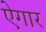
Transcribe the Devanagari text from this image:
ऐगार